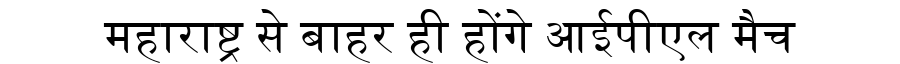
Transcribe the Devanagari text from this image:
महाराष्ट्र से बाहर ही होंगे आईपीएल मैच